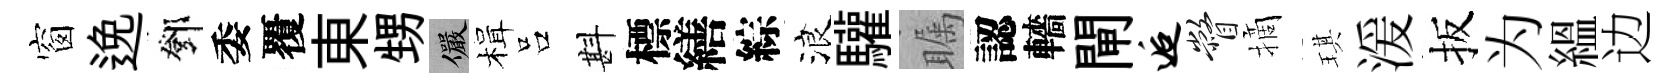
窗𨓜鄧委覆東甥儼楫吕斟標繕綜浪驩瞩認轖閘逅瞥摘琪湲扳为緼边